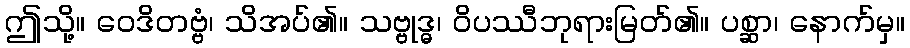
ဤသို့။ ဝေဒိတဗ္ဗံ၊ သိအပ်၏။ သဗ္ဗုဒ္ဓ၊ ဝိပဿီဘုရားမြတ်၏။ ပစ္ဆာ၊ နောက်မှ။